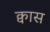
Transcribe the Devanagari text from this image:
क्वास